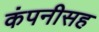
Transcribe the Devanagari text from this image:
कंपनीसह